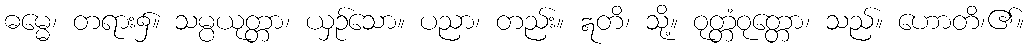
ဓမ္မေ၊ တရား၌။ သမ္ပယုတ္တာ၊ ယှဉ်သော။ ပညာ၊ တည်း။ ဣတိ၊ သို့။ ဝုတ္တံဝုတ္တော၊ သည်။ ဟောတိ၊၏။